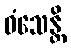
ဓံသေန္တိ